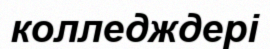
колледждері